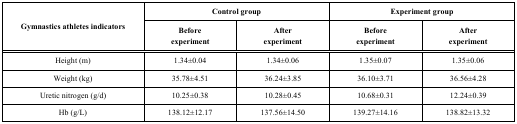
| <ROWSPAN=2> Gymnastics athletes indicators | <COLSPAN=2> Control group | <COLSPAN=2> Experiment group |
 | Before experiment | After experiment | Before experiment | After experiment |
 | --- | --- | --- | --- | --- |
 | Height (m) | 1.34±0.04 | 1.34±0.06 | 1.35±0.07 | 1.35±0.06 |
 | Weight (kg) | 35.78±4.51 | 36.24±3.85 | 36.10±3.71 | 36.56±4.28 |
 | Uretic nitrogen (g/d) | 10.25±0.38 | 10.28±0.45 | 10.68±0.31 | 12.24±0.39 |
 | Hb (g/L) | 138.12±12.17 | 137.56±14.50 | 139.27±14.16 | 138.82±13.32 |